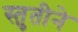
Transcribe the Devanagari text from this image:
स्तुतीने